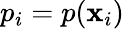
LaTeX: p_{i}=p(\mathbf{x}_{i})